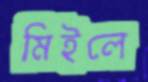
মিইলে